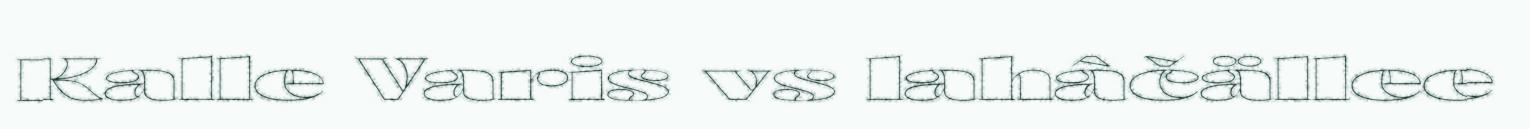
Kalle Varis vs lahâčällee